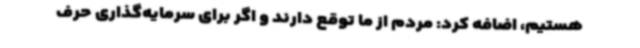
هستیم، اضافه کرد: مردم از ما توقع دارند و اگر برای سرمایه‌گذاری حرف